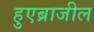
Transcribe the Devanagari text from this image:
हुएब्राजील